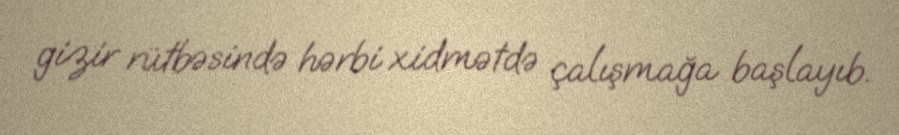
gizir rütbəsində hərbi xidmətdə çalışmağa başlayıb.